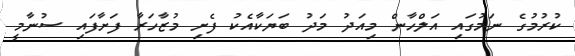
ކުރުމުގެ ނަމުގައި އަލްހާން މިއަދު މަދު ބަޔަކާއެކު ފެށި މުޒާހަރާ ފަށާފައި ސުނާމީ